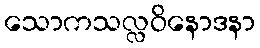
သောကသလ္လဝိနောဒနာ